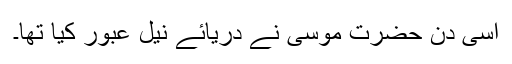
اسی دن حضرت موسیؑ نے دریائے نیل عبور کیا تھا۔